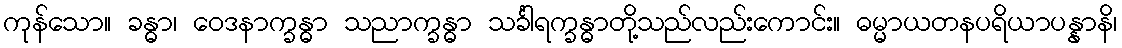
ကုန်သော။ ခန္ဓာ၊ ဝေဒနာက္ခန္ဓာ သညာက္ခန္ဓာ သင်္ခါရက္ခန္ဓာတို့သည်လည်းကောင်း။ ဓမ္မာယတနပရိယာပန္နာနိ၊